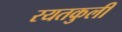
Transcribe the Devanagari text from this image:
रयतकुली